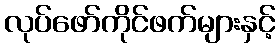
လုပ်ဖော်ကိုင်ဖက်များနှင့်